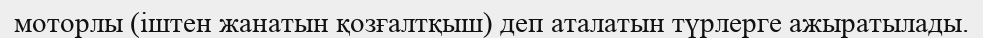
моторлы (іштен жанатын қозғалтқыш) деп аталатын түрлерге ажыратылады.